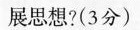
展思想?(3分)